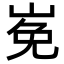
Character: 𡸊